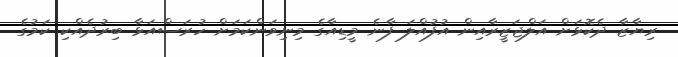
ރިޔާޒާ ދެކޮޅަށް އަލްޖަޒީރާއިން އުފުއްލަ ފާނެ މީޑިއާގެ މިނިވަންކަމަށް ހުރަސްއަޅާ ބިރުދެއްކި ކަމުގެ